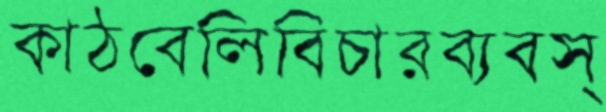
কাঠবেলিবিচারব্যবস্